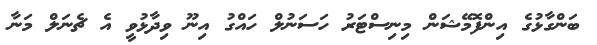
ބަންގާޅުގެ އިންފޮމޭޝަން މިނިސްޓަރު ހަސަނުލް ހައްގު އިނޫ ވިދާޅުވީ އެ ޗެނަލް މަނާ